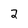
Character: 2